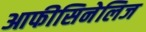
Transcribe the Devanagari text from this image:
आफीसिनेलिज